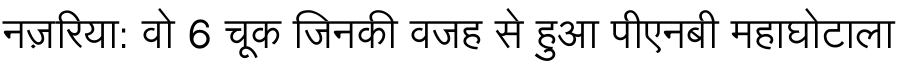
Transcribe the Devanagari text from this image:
नज़रिया: वो 6 चूक जिनकी वजह से हुआ पीएनबी महाघोटाला